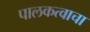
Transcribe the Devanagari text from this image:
पालकत्वाचा